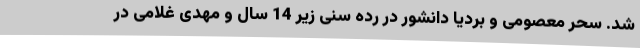
شد. سحر معصومی و بردیا دانشور در رده سنی زیر 14 سال و مهدی غلامی در